Indian journal of veterinary science and animal husbandry - Volume 12,
Year: 1942
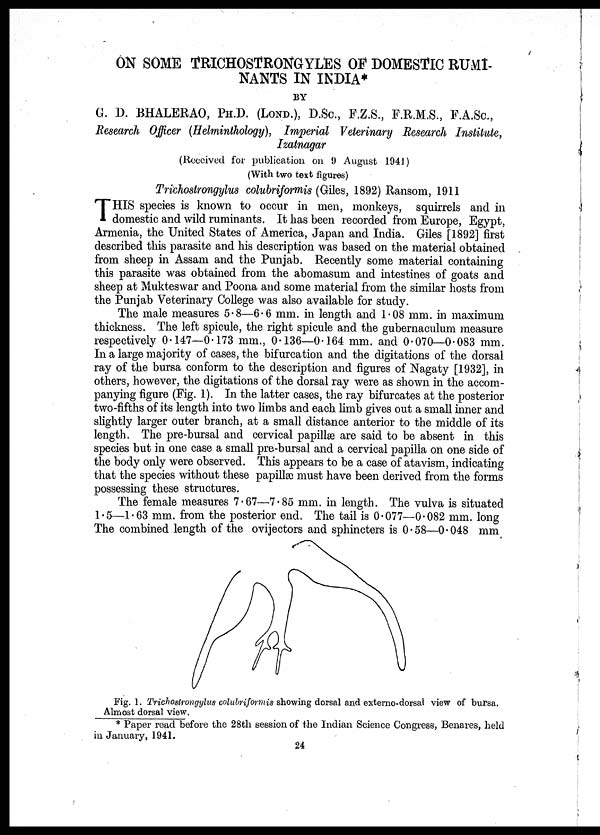
ON SOME TRICHOSTRONGYLES OF DOMESTIC RUMI-
NANTS IN INDIA*
BY
G. D. BHALERAO, PH.D. (LOND.), D.Sc., F.Z.S., F.R.M.S., F.A.Sc.,
Research Officer (Helminthology), Imperial Veterinary Research Institute,
Izatnagar
(Received for publication on 9 August 1941)
(With two text figures)
Trichostrongylus colubriformis (Giles, 1892) Ransom, 1911
T HIS species is known to occur in men, monkeys, squirrels and in
domestic and wild ruminants. It has been recorded from Europe, Egypt,
Armenia, the United States of America, Japan and India. Giles [1892] first
described this parasite and his description was based on the material obtained
from sheep in Assam and the Punjab. Recently some material containing
this parasite was obtained from the abomasum and intestines of goats and
sheep at Mukteswar and Poona and some material from the similar hosts from
the Punjab Veterinary College was also available for study.
The male measures 5.8—6.6 mm. in length and 1.08 mm. in maximum
thickness. The left spicule, the right spicule and the gubernaculum measure
respectively 0.147—0.173 mm., 0.136—0.164 mm. and 0.070—0.083 mm.
In a large majority of cases, the bifurcation and the digitations of the dorsal
ray of the bursa conform to the description and figures of Nagaty [1932], in
others, however, the digitations of the dorsal ray were as shown in the accom-
panying figure (Fig. 1). In the latter cases, the ray bifurcates at the posterior
two-fifths of its length into two limbs and each limb gives out a small inner and
slightly larger outer branch, at a small distance anterior to the middle of its
length. The pre-bursal and cervical papillæ are said to be absent in this
species but in one case a small pre-bursal and a cervical papilla on one side of
the body only were observed. This appears to be a case of atavism, indicating
that the species without these papillæ must have been derived from the forms
possessing these structures.
The female measures 7.67—7.85 mm. in length. The vulva is situated
1.5—1.63 mm. from the posterior end. The tail is 0.077—0.082 mm. long
The combined length of the ovijectors and sphincters is 0.58—0.048 mm
Fig. 1. Trichostrongylus colubriformis showing dorsal and externo-dorsal view of bursa.
Almost dorsal view.
* Paper read before the 28th session of the Indian Science Congress, Benares, held
in January, 1941.
24